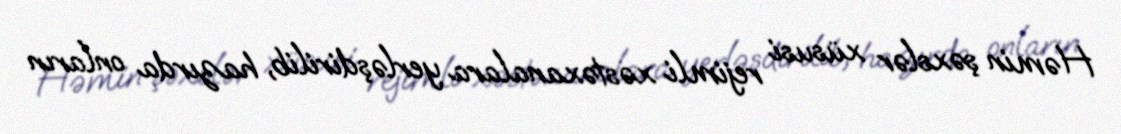
Həmin şəxslər xüsusi rejimli xəstəxanalara yerləşdirilib, hazırda onların